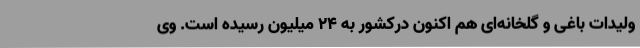
ولیدات باغی و گلخانه‌ای هم اکنون درکشور به 24 میلیون رسیده است. وی